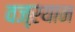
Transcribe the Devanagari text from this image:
वज्ऱयान